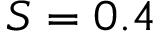
S = 0 . 4